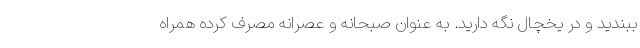
ببندید و در یخچال نگه دارید. به عنوان صبحانه و عصرانه مصرف کرده همراه